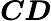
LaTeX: \boldsymbol C\boldsymbol D